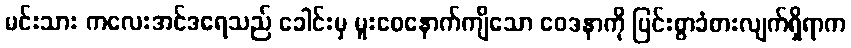
မင်းသား ကလေးအင်ဒရေသည် ခေါင်းမှ မူးဝေနောက်ကျိသော ဝေဒနာကို ပြင်းစွာခံစားလျက်ရှိရာက